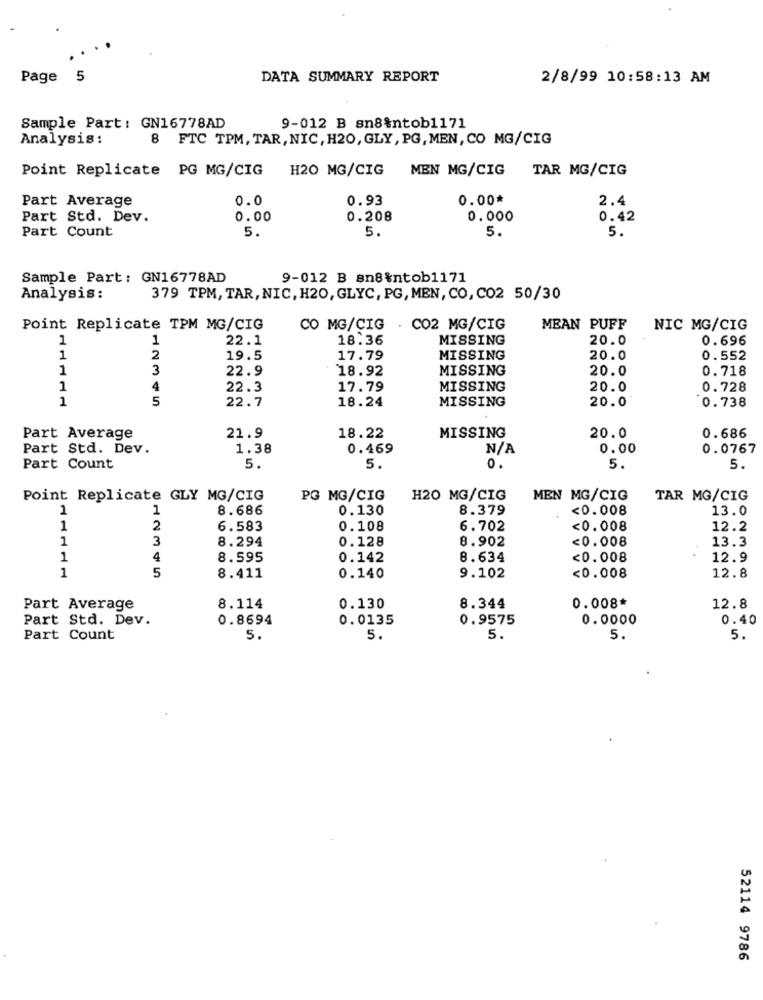
Page 5
DATA SUMMARY REPORT
2/8/99 10:58:13 AM
Sample Part: GN16778AD
9-012 B sn8&ntob1171
Analysis :
8 FTC TPM, TAR, NIC, H20, GLY, PG, MEN, CO MG/CIG
Point Replicate PG MG/CIG
H20 MG/CIG
MEN MG/CIG TAR MG/CIG
Part Average
0.0
0.93
0.00*
2.4
Part Std. Dev.
0.00
0.208
0.000
0.42
Part Count
5.
5 .
5.
5.
Sample Part: GN16778AD
9-012 B sn8%ntob1171
Analysis:
379 TPM, TAR, NIC, H20, GLYC, PG, MEN, CO, CO2 50/30
Point Replicate TPM MG/CIG
CO MG/CIG . CO2 MG/CIG
MEAN PUFF
NIC MG/CIG
1
1
22.1
18.36
MISSING
20.0
0.696
1
2
19.5
17.79
MISSING
20.0
0.552
1
3
22.9
18.92
MISSING
20.0
0.718
1
4
22.3
17.79
MISSING
20.0
0.728
1
5
22.7
MISSING
18.24
20.0
0.738
21.9
Part Average
18.22
MISSING
20.0
0.686
Part Std. Dev.
1.38
0.469
0.00
0.0767
Part Count
5.
5.
0.
5.
5.
Point Replicate GLY MG/CIG
PG MG/CIG
H20 MG/CIG
MEN MG/CIG
TAR MG/CIG
1
1
8.686
0.130
8.379
<0.008
13.0
1
2
6.583
0.108
6.702
<0.008
12.2
1
3
8.294
0.128
8.902
<0.008
13.3
1
4
8.595
0.142
8.634
<0.008
12.9
1
5
8.411
0.140
9.102
<0.008
12.8
0.008*
Part Average
8.114
0.130
8.344
12.8
Part Std. Dev.
0.8694
0.0135
0.9575
0.0000
0.40
Part Count
5.
5.
5.
5.
5.
52114 9786